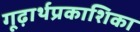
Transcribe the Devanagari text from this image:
गूढ़ार्थप्रकाशिका